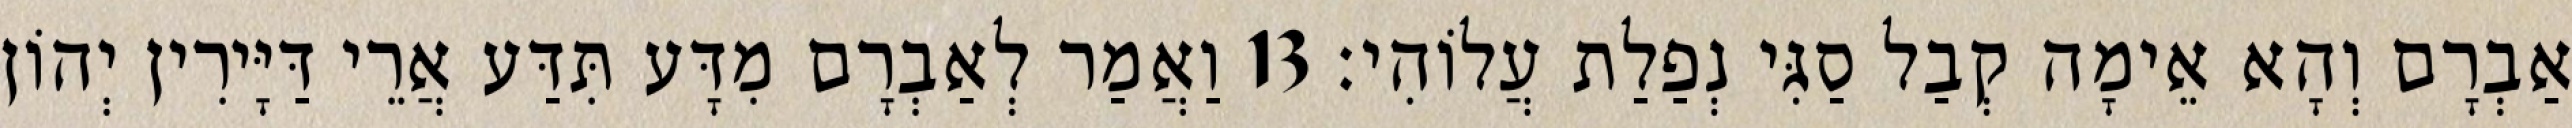
אַבְרָם וְהָא אֵימָה קְבַל סַגִּי נְפַלַת עֲלוֹהִי׃ 13 וַאֲמַר לְאַבְרָם מִדָּע תִּדַּע אֲרֵי דַּיָּירִין יְהוֹן